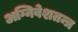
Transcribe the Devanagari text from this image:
अग्निवेशतन्त्र